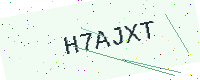
Text: H7AJXT